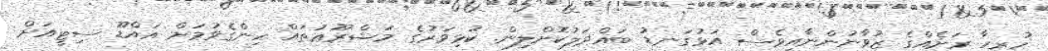
ހުރިހާ ރަށެއްގެ ޒުވާނުންނާއިވެސް އަޅުގަނޑު ބައްދަލުކޮށްލިން. ކުޅިވަރުގެ މަޝްރޫޢުތައް ހިންގެވުމަށް އައްޑޫ ސިޓީއަށް